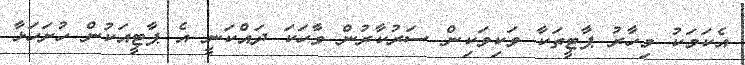
އެކަމަކު މިހާރު ޕާޓީތަކާ ވަކިވަކިން ސަރުކާރުން ވާހަކަ ދައްކަނީ އެ ޕާޓީއަކުން ހުށަހަޅާ